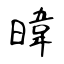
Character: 暐